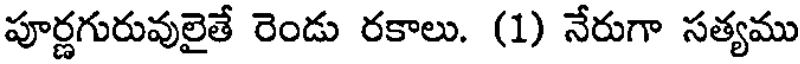
పూర్ణగురువులైతే రెండు రకాలు. (1) నేరుగా సత్యము